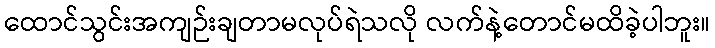
ထောင်သွင်းအကျဉ်းချတာမလုပ်ရဲသလို လက်နဲ့တောင်မထိခဲ့ပါဘူး။